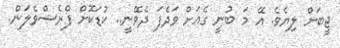
ޖީބަށް ލިޔެވެ. އޭ މަ ބުނީ ގެއަށް ވަދެފަ ދެވޭނީ.. ކުޑަކޮށް ފްރެޝްވެލަން.